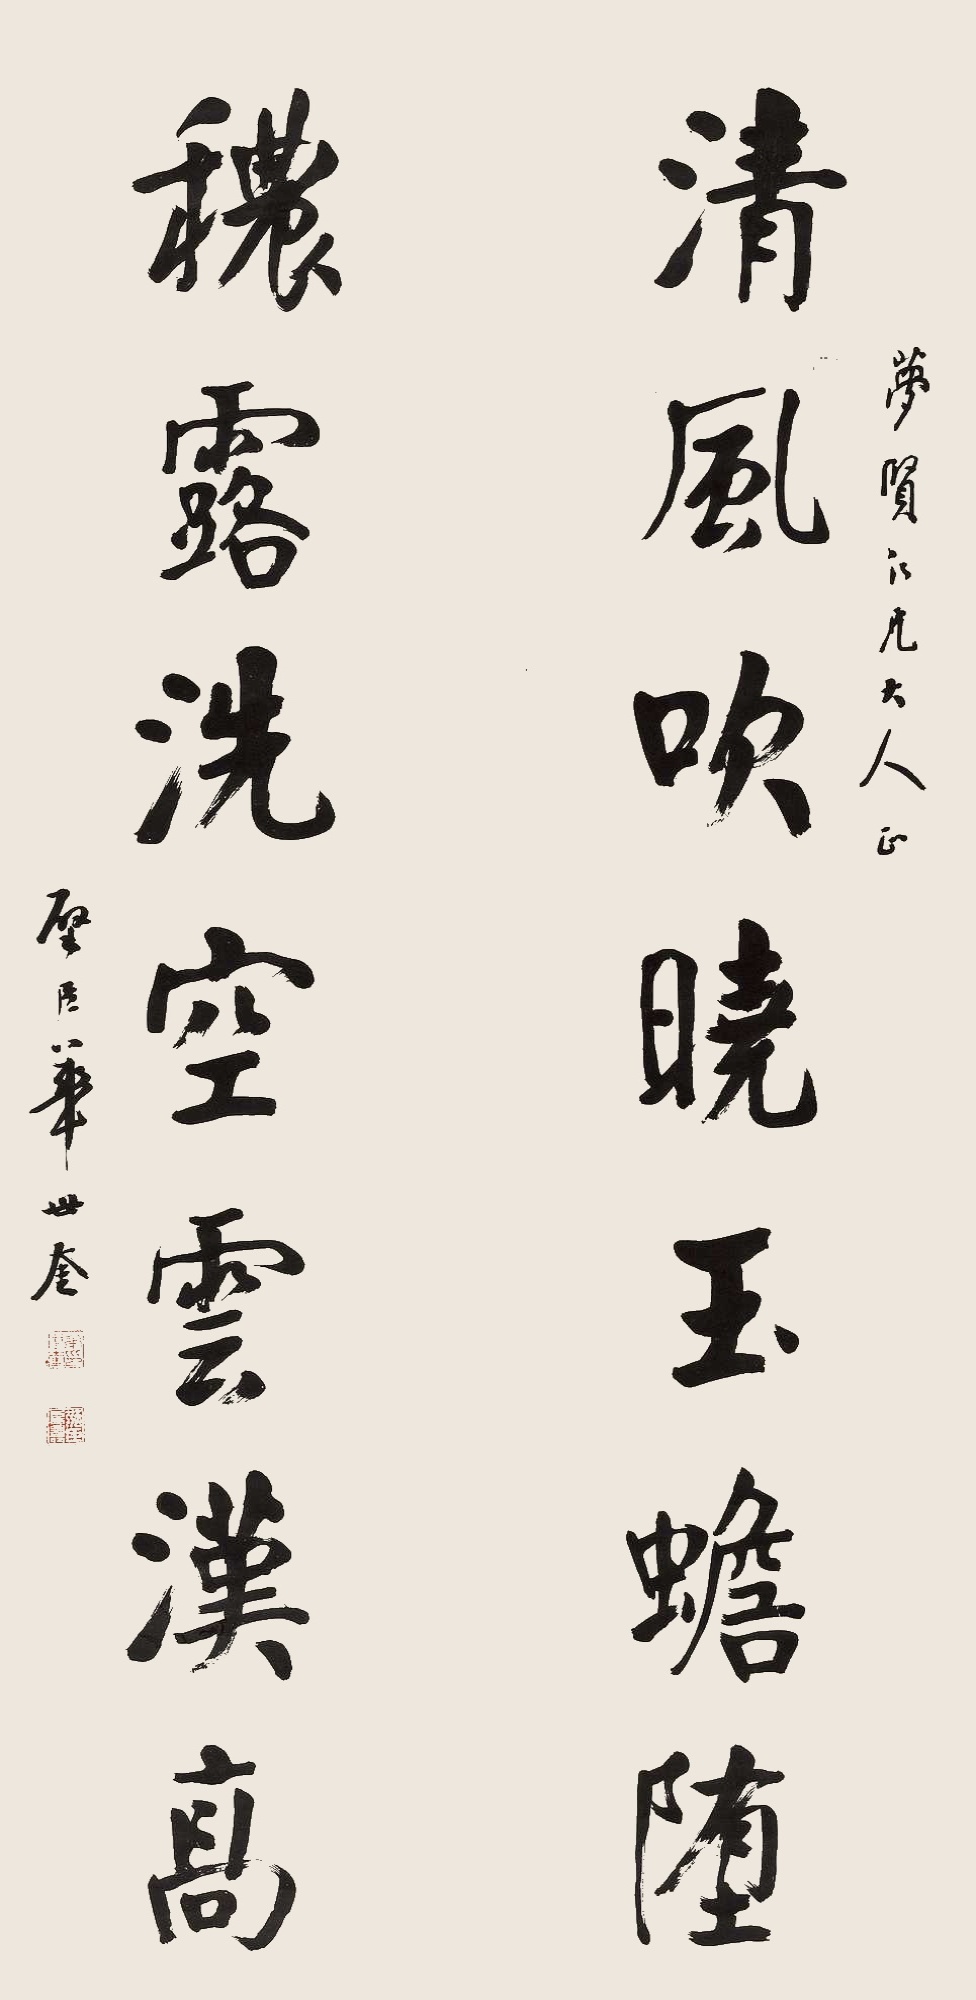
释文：清风吹晓玉蟾堕，秾露洗空云汉高。梦贤仁兄大人正。璧臣华世奎。